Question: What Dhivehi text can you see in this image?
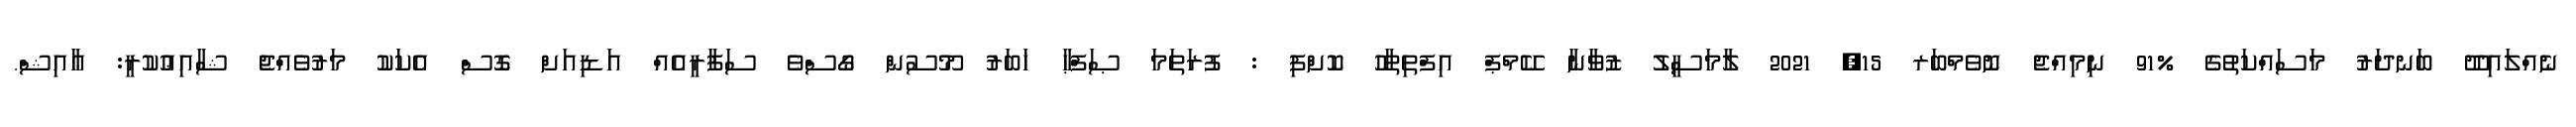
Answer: ނެއްލައިދޫ ބަނދަރު މަސައްކަތުގެ %91 ނިމިއްޖެ ނޮވެމްބަރ 15, 2021 ލާމަސީލު ޒުވާނާ ކޭމްޕް އިފްތިތާހު ކޮށްފި : ފުރަތަމަ ޞަފްޙާ ޚަބަރު މޫސުން ގޯސްވެ ސަފާރީއެއް އަޑިއަށް ގޮސް އެކަކު މަރުވެއްޖެ ޝާއިޢުކުރީ: ޢާއިޝް.